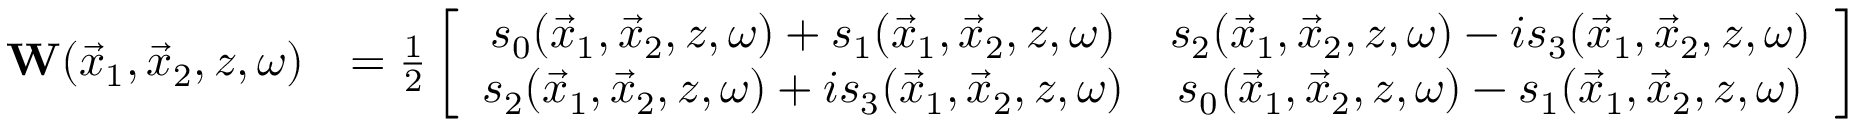
\begin{array} { r l } { { \bf W } ( \vec { x } _ { 1 } , \vec { x } _ { 2 } , z , \omega ) } & { = \frac { 1 } { 2 } \left[ \begin{array} { c c } { s _ { 0 } ( \vec { x } _ { 1 } , \vec { x } _ { 2 } , z , \omega ) + s _ { 1 } ( \vec { x } _ { 1 } , \vec { x } _ { 2 } , z , \omega ) } & { s _ { 2 } ( \vec { x } _ { 1 } , \vec { x } _ { 2 } , z , \omega ) - i s _ { 3 } ( \vec { x } _ { 1 } , \vec { x } _ { 2 } , z , \omega ) } \\ { s _ { 2 } ( \vec { x } _ { 1 } , \vec { x } _ { 2 } , z , \omega ) + i s _ { 3 } ( \vec { x } _ { 1 } , \vec { x } _ { 2 } , z , \omega ) } & { s _ { 0 } ( \vec { x } _ { 1 } , \vec { x } _ { 2 } , z , \omega ) - s _ { 1 } ( \vec { x } _ { 1 } , \vec { x } _ { 2 } , z , \omega ) } \end{array} \right] } \end{array}